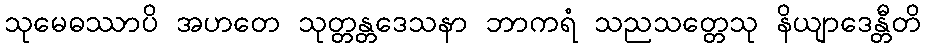
သုမေဓဿာပိ အဟတေ သုတ္တန္တဒေသနာ ဘာကရံ သညသတ္တေသု နိယျာဒေန္တီတိ